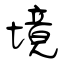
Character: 境